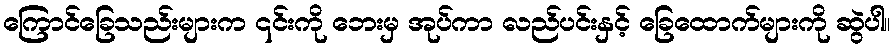
ကြောင်ခြေသည်းများက ၎င်းကို ဘေးမှ အုပ်ကာ လည်ပင်းနှင့် ခြေထောက်များကို ဆွဲပါ။